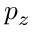
p _ { z }